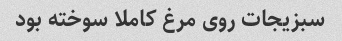
سبزیجات روی مرغ کاملا سوخته بود